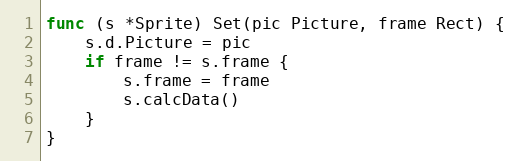
Language: Go
func (s *Sprite) Set(pic Picture, frame Rect) {
	s.d.Picture = pic
	if frame != s.frame {
		s.frame = frame
		s.calcData()
	}
}